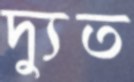
দ্যুত